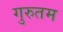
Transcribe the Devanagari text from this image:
गुरुतम